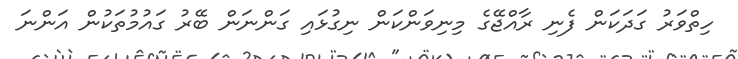
ހިތްވަރު ގަދަކަން ފެނި ރާއްޖޭގެ މިނިވަންކަން ނިގުޅައި ގަންނަން ބޭރު ގައުމުތަކުން އަންނަ